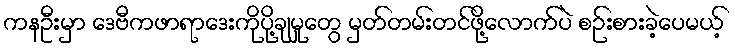
ကနဦးမှာ ဒေဗီကဖာရာဒေးကိုပို့ချမှုတွေ မှတ်တမ်းတင်ဖို့လောက်ပဲ စဉ်းစားခဲ့ပေမယ့်